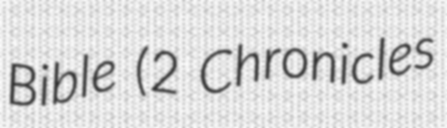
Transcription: Bible (2 Chronicles